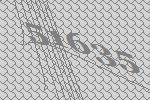
51635